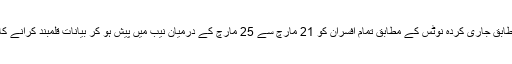
ذرائع کے مطابق جاری کردہ نوٹس کے مطابق تمام افسران کو 21 مارچ سے 25 مارچ کے درمیان نیب میں پیش ہو کر بیانات قلمبند کرانے کا کہا گیا ہے۔